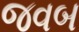
જવબ